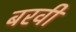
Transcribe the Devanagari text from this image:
बरवीं